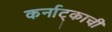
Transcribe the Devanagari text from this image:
कर्नाट्काची